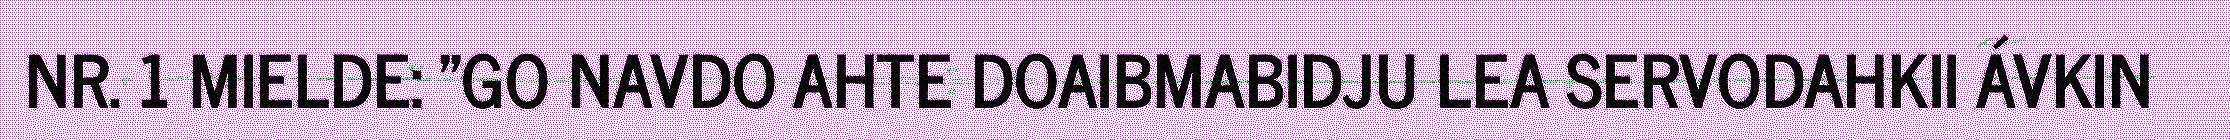
NR. 1 MIELDE: "GO NAVDO AHTE DOAIBMABIDJU LEA SERVODAHKII ÁVKIN